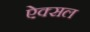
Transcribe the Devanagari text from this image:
ऐक्सल